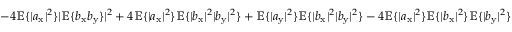
- 4 \mathbb { E } \{ | a _ { \mathrm { x } } | ^ { 2 } \} | \mathbb { E } \{ b _ { \mathrm { x } } b _ { \mathrm { y } } \} | ^ { 2 } + 4 \mathbb { E } \{ | a _ { \mathrm { x } } | ^ { 2 } \} \mathbb { E } \{ | b _ { \mathrm { x } } | ^ { 2 } | b _ { \mathrm { y } } | ^ { 2 } \} + \mathbb { E } \{ | a _ { \mathrm { y } } | ^ { 2 } \} \mathbb { E } \{ | b _ { \mathrm { x } } | ^ { 2 } | b _ { \mathrm { y } } | ^ { 2 } \} - 4 \mathbb { E } \{ | a _ { \mathrm { x } } | ^ { 2 } \} \mathbb { E } \{ | b _ { \mathrm { x } } | ^ { 2 } \} \mathbb { E } \{ | b _ { \mathrm { y } } | ^ { 2 } \}